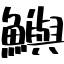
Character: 鱮